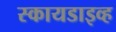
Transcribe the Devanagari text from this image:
स्कायडाइव्ह